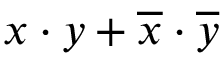
x \cdot y + { \overline { { x } } } \cdot { \overline { { y } } }